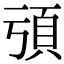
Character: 𩑕